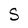
Character: S